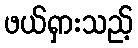
ဖယ်ရှားသည့်